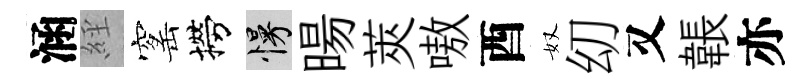
涵𦀇窰撈慢暘莢嗷酉奴㓜又韔亦